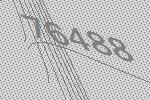
76488